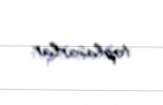
toplaşarlar.